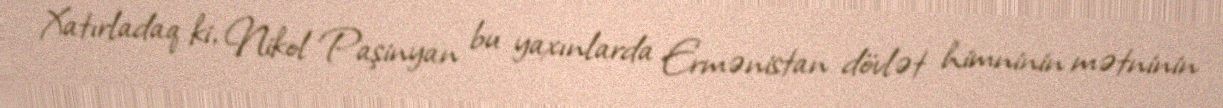
Xatırladaq ki, Nikol Paşinyan bu yaxınlarda Ermənistan dövlət himninin mətninin